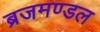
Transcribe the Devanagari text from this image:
ब्रजमण्डल